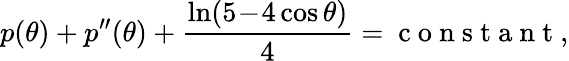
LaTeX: p(\theta)+p^{\prime\prime}(\theta)+\frac{\ln(5\! -\! 4\cos\theta)}{4}=\mathrm{~c~o~n~s~t~a~n~t~},